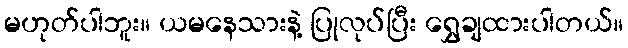
မဟုတ်ပါဘူး။ ယမနေသားနဲ့ ပြုလုပ်ပြီး ရွှေချထားပါတယ်။